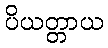
ပိယတ္တာယ